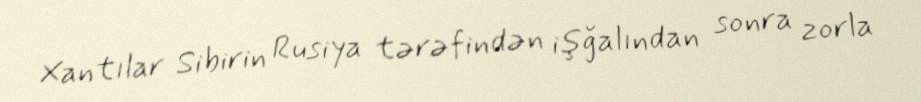
Xantılar Sibirin Rusiya tərəfindən işğalından sonra zorla